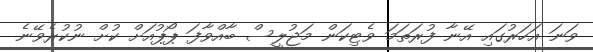
ވަނަ އަހަރުގައި އޭނާ ފުރަތަމަ ވެޓިކަން މަޖުލީސް ބާއްވާފަ ޕޯޕުއަށް ކުށް ނުކުރެވޭނެ